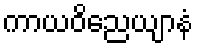
ကာယဝိညေယျာနံ